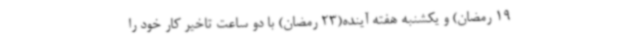
19 رمضان) و یکشنبه هفته آینده(23 رمضان) با دو ساعت تاخیر کار خود را